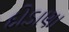
દોડાણા